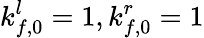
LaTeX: k_{f,0}^{l}=1,k_{f,0}^{r}=1